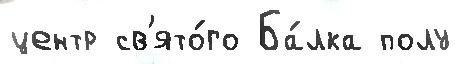
центр св'ято́го Ба́лка полу